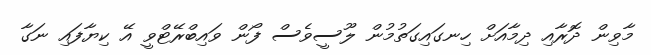
މާވިން ދޮރާއި ދިމާއަށް ހިނގައިގަތުމުން ލޫސީވެސް ފޯން ވައިބްރޭޓްވީ އޭ ކިޔާފައި ނަގާ